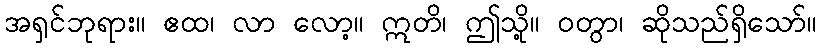
အရှင်ဘုရား။ ဧထ၊ လာ လော့။ ဣတိ၊ ဤသို့။ ဝတွာ၊ ဆိုသည်ရှိသော်။